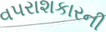
વપરાશકારની